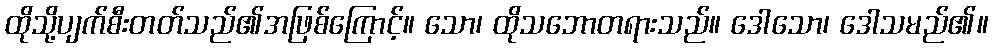
ထိုသို့ပျက်စီးတတ်သည်၏အဖြစ်ကြောင့်။ သော၊ ထိုသဘောတရားသည်။ ဒေါသော၊ ဒေါသမည်၏။